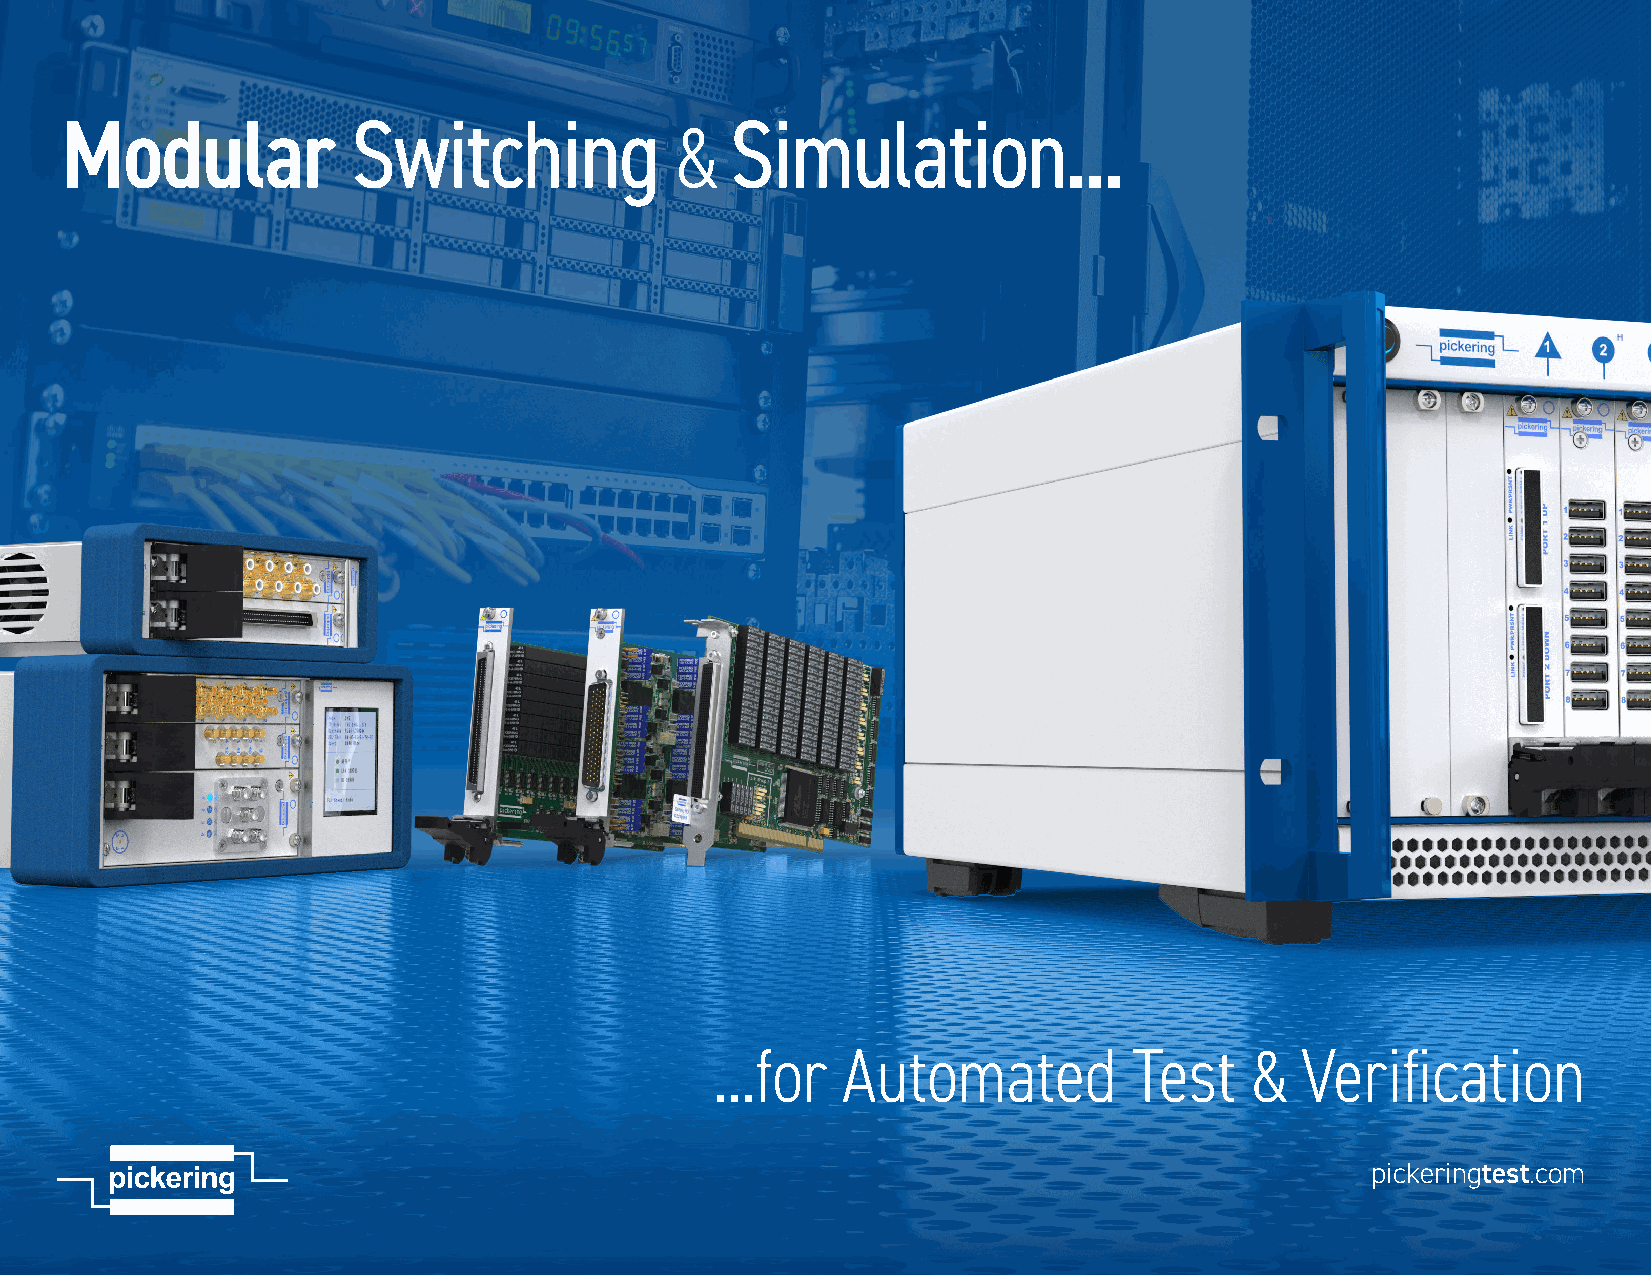
Modular            Switching                Simulation...
 &
 Direct Sales & Support Offices
 Pickering Interfaces Inc., USA
 Tel: +1 781-897-1710 | e-mail: ussales@pickeringtest.com
 Pickering Interfaces Ltd., UK
 Tel: +44 (0)1255-687900 | e-mail: sales@pickeringtest.com
 Pickering Interfaces Sarl, France
 Tel: +33 9 72 58 77 00 | e-mail: frsales@pickeringtest.com
 Pickering Interfaces GmbH, Germany
 Tel: +49 89 125 953 160 | e-mail: desales@pickeringtest.com
 Pickering Interfaces AB, Sweden
 Tel: +46 340-69 06 69 | e-mail: ndsales@pickeringtest.com
 Pickering Interfaces s.r.o., Czech Republic
 Tel: +420 558 987 613 | e-mail: desales@pickeringtest.com
 Pickering Interfaces, China
 Tel: +86 4008-799-765 | e-mail: chinasales@pickeringtest.com
 Local Sales Agents in Australia, Belgium, Canada, China, India, Indonesia, Israel, Italy, Japan, Malaysia,
 Netherlands, New Zealand, Philippines, Singapore, South Africa, South Korea, Spain, Taiwan, Thailand, Turkey,
 Vietnam and throughout the USA.
 Pickering, the Pickering logo, BRIC and eBIRST and SoftCenter are trademarks of Pickering. All other brand and ...for Automated Test & Verifi cation
 product names are trademarks or registered trademarks of their respective owners. Information contained in this
 document is summary in nature and subject to change without notice.
 © Pickering 2023 – All rights reserved
 Lit–002, Issue 8, April 2023 pickeringtest.com                                             pickeringtest.com